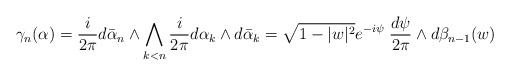
\begin{align*} \gamma_n(\alpha)&=\frac i{2\pi} d\bar\alpha_n\wedge \bigwedge_{k<n}\frac i{2\pi} d \alpha_k\wedge d\bar \alpha_k= \sqrt{1-|w|^2} e^{-i\psi}\; \frac{d\psi}{2\pi}\wedge d\beta_{n-1}(w)\end{align*}